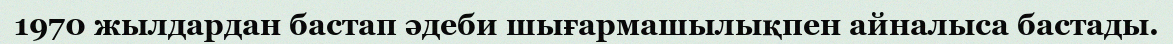
1970 жылдардан бастап әдеби шығармашылықпен айналыса бастады.